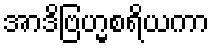
အာဒိဗြဟ္မစရိယကာ